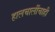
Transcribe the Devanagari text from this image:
हालचालींचाही